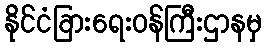
နိုင်ငံခြားရေးဝန်ကြီးဌာနမှ